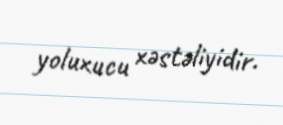
yoluxucu xəstəliyidir.